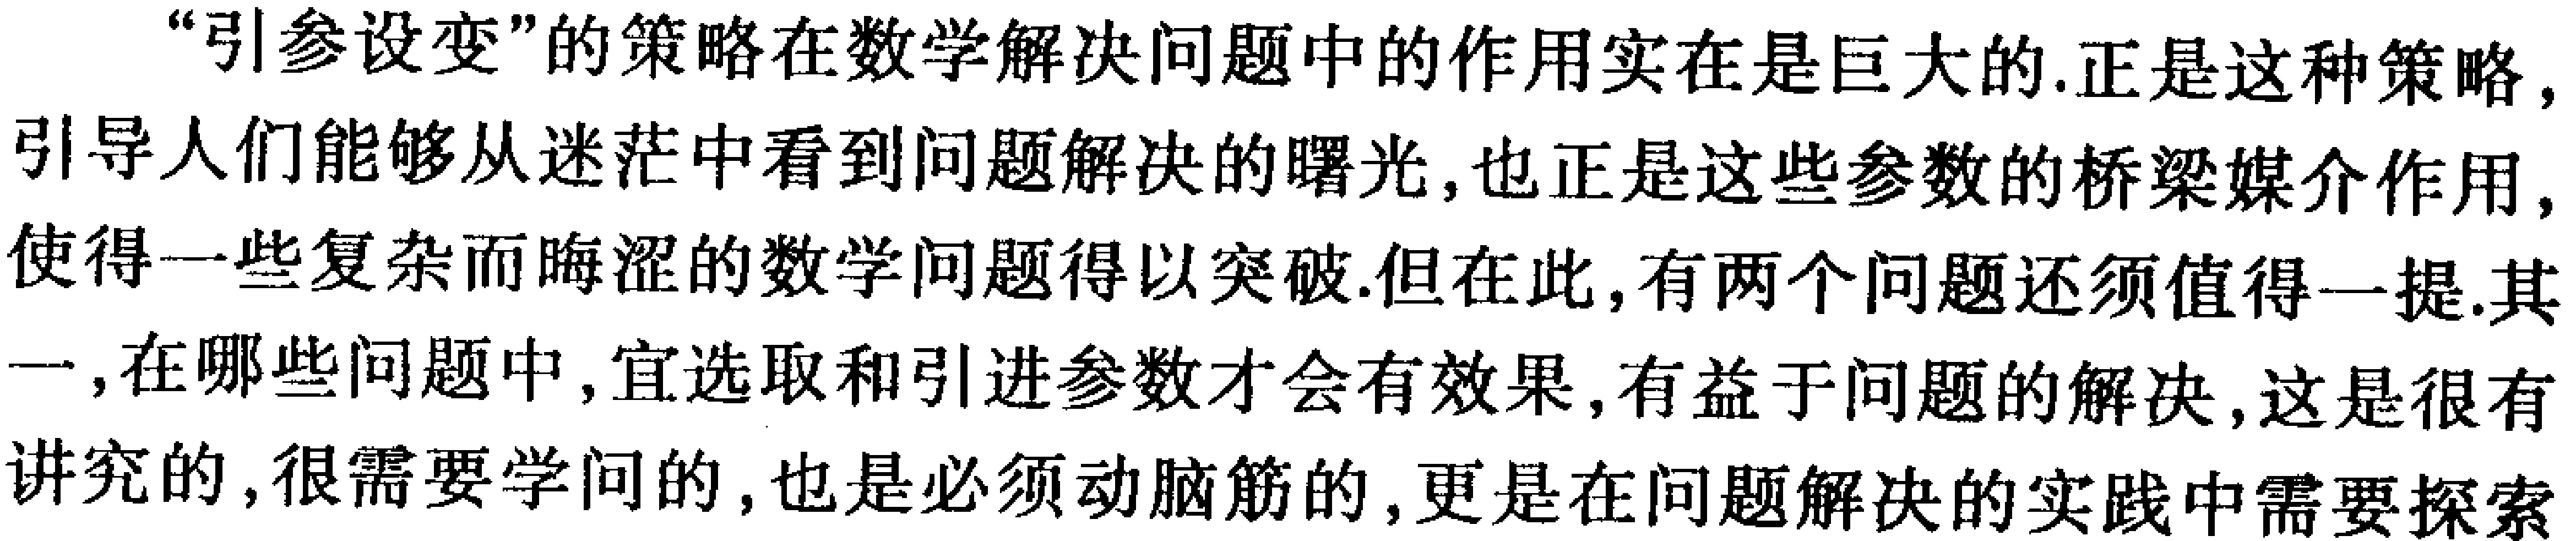
“引参设变”的策略在数学解决问题中的作用实在是巨大的.正是这种策略，引导人们能够从迷茫中看到问题解决的曙光,也正是这些参数的桥梁媒介作用，使得一些复杂而晦涩的数学问题得以突破.但在此,有两个问题还须值得一提.其一,在哪些问题中,宜选取和引进参数才会有效果,有益于问题的解决,这是很有讲究的,很需要学问的,也是必须动脑筋的,更是在问题解决的实践中需要探索